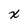
Character: x